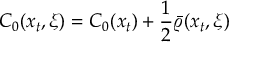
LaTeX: C _ { 0 } ( x _ { t } , \xi ) = C _ { 0 } ( x _ { t } ) + { \frac { 1 } { 2 } } \bar { \varrho } ( x _ { t } , \xi )